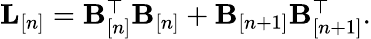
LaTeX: \begin{array}{r}{{\mathbf L}_{[n]}={\mathbf B}_{[n]}^{\top}{\mathbf B}_{[n]}+{\mathbf B}_{[n+1]}{\mathbf B}_{[n+1]}^{\top}.}\end{array}